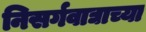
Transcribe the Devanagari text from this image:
निसर्गवाद्याच्या